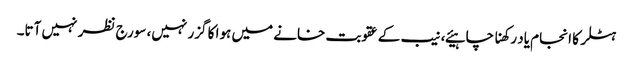
ہٹلر کا انجام یاد رکھنا چاہیئے، نیب کے عقوبت خانے میں ہوا کا گزر نہیں، سورج نظر نہیں آتا۔